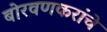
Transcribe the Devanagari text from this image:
बोरवणकरांचे